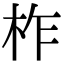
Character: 柞